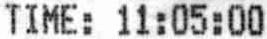
TIME: 11:05:00